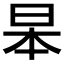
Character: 𮲞